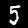
Label: 5